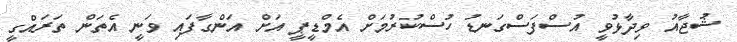
ޝުޖާއު ވިދާޅުވީ އުސްފަސްގަނޑު ހުސްކުރުމަަށް އެމްޑީޕީ އަށް އަންގާފައި ވަނީ އެތަން ތަރައްގީ